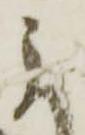
に